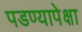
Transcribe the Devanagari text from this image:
पडण्यापेक्षा